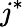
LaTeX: j^{*}